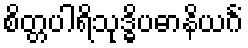
စိတ္တပါရိသုဒ္ဓိပဓာနိယင်္ဂံ